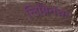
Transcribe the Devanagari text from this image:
लिग्निनचा